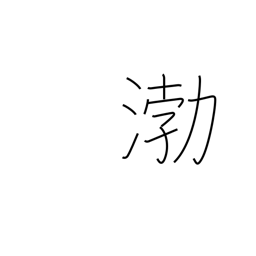
Meaning: place name